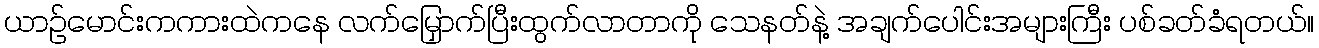
ယာဉ်မောင်းကကားထဲကနေ လက်မြှောက်ပြီးထွက်လာတာကို သေနတ်နဲ့ အချက်ပေါင်းအများကြီး ပစ်ခတ်ခံရတယ်။